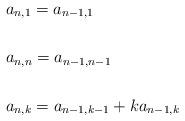
LaTeX: \begin{align*}&a_{n,1}=a_{n-1,1}\\&\\&a_{n,n}=a_{n-1,n-1}\\&\\&a_{n,k}=a_{n-1,k-1}+ka_{n-1,k}\end{align*}